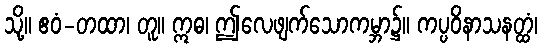
သို့။ ဧဝံ-တထာ၊ တူ။ ဣဓ၊ ဤလေဖျက်သောကမ္ဘာ၌။ ကပ္ပဝိနာသနတ္ထံ၊